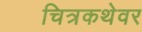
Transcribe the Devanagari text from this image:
चित्रकथेवर